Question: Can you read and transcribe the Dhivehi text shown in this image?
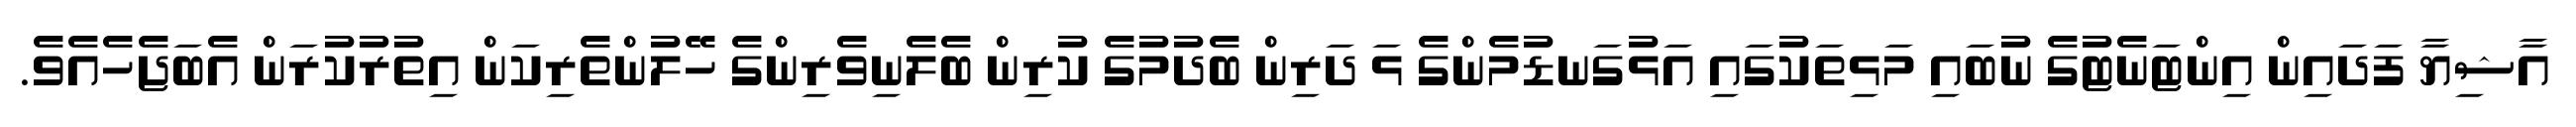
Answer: އާޝިޔާ ފަދައިން އިންޓަނެޓުގެ ނުބައި މަޅިތަކުގައި އަޅުގަނޑުމެންގެ ޅަ ދަރިން ބެދުމުގެ ކުރިން ބެލެނިވެރިންގެ ހޭލުންތެރިކަން އިތުރުކުރަން އެބަޖެހެއެވެ.